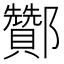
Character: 酇